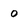
Character: 0